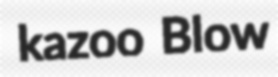
kazoo Blow